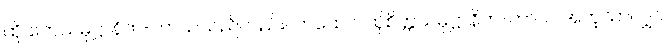
ထို တေသမုဋ္ဌာနိက-ကာယသည်လည်း။ တထေဝ၊ ထိုစိတ္တသမုဋ္ဌာနိက-ကာယ အတူသာလျှင်။